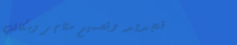
تجديد وتصميم متاجر ومكاتب